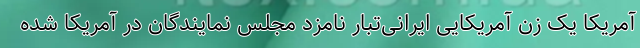
آمریکا یک زن آمریکایی ایرانی‌تبار نامزد مجلس نمایندگان در آمریکا شده